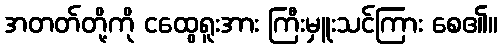
အတတ်တို့ကို ငထွေရူးအား ကြီးမှူးသင်ကြား စေ၏။